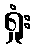
ရှုံး